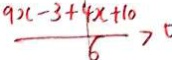
\frac { 9 2 x - 3 + 4 x + 1 0 } { 6 } > 0